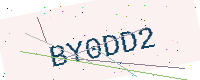
Text: BY0DD2